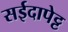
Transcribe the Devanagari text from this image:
सईदापेट्ट